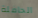
الحافلة